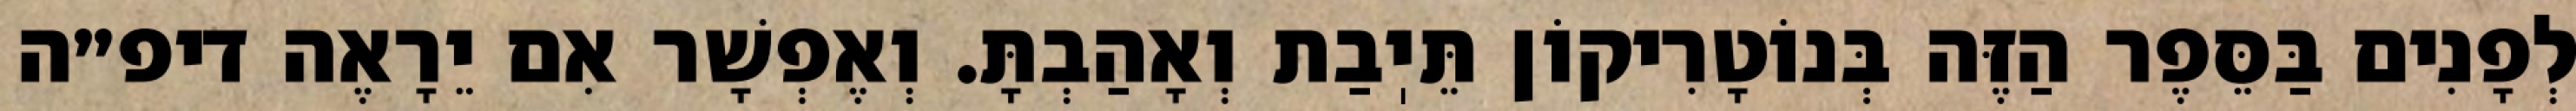
לְפָנִים בַּסֵּפֶר הַזֶּה בְּנוֹטָרִיקוֹן תֵּיֽבַת וְאָהַבְתָּ. וְאֶפְשָׁר אִם יֵרָאֶה דיפ״ה